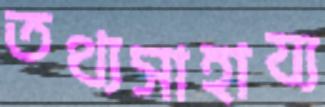
তথ্যসাহায্য